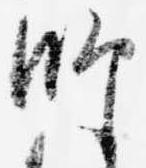
師